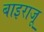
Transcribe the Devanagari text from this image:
बाइराजू